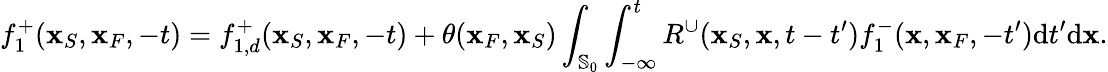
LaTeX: f_{1}^{+}({\mathbf x}_{S},{\mathbf x}_{F},-t)=f_{1,d}^{+}({\mathbf x}_{S},{\mathbf x}_{F},-t)+\theta({\mathbf x}_{F},{\mathbf x}_{S})\int_{{\mathbb{S}_{0}}}\int_{-\infty}^{t}R^{\cup}({\mathbf x}_{S},{\mathbf x},t-t^{\prime})f_{1}^{-}({\mathbf x},{\mathbf x}_{F},-t^{\prime})\mathrm{d}t^{\prime}\mathrm{d}{\mathbf x}.